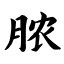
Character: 脓